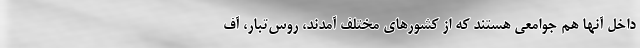
داخل آنها هم جوامعی هستند که از کشورهای مختلف آمدند، روس‌تبار، آف